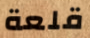
قلعة